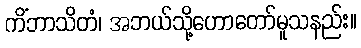
ကိံဘာသိတံ၊ အဘယ်သို့ဟောတော်မူသနည်း။